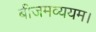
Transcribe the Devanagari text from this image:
बीजमव्ययम।